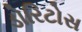
ડોરિટોસ